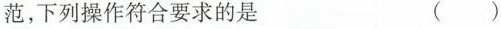
范，下列操作符合要求的是 ( )